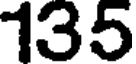
135